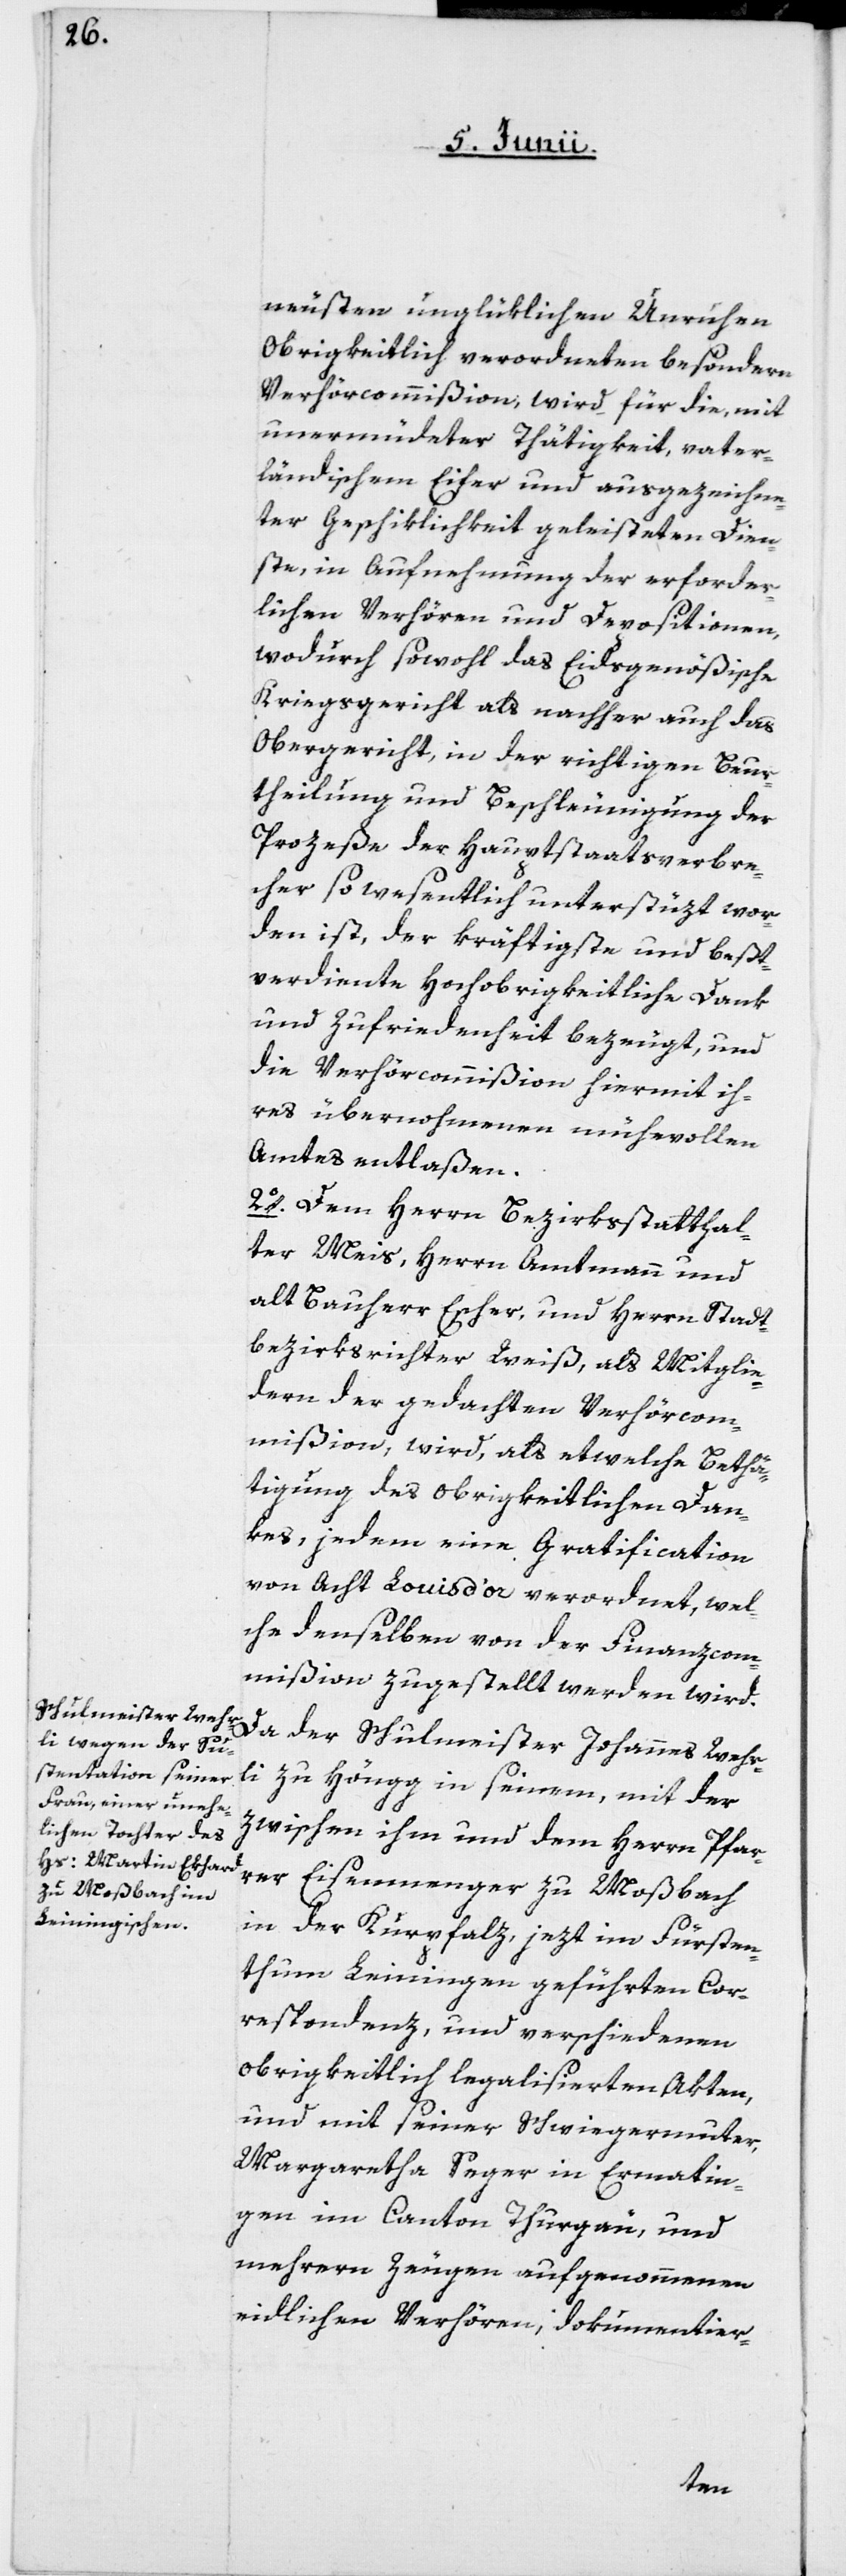
neusten unglüklichen Unruhen
Obrigkeitlich verordneten besondern
Verhörcommißion, wird für die, mit
unermüdeter Thätigkeit, vater¬
ländischem Eifer und ausgezeichne¬
ter Geschiklichkeit geleisteten Dien¬
ste, in Aufnehmung der erforder¬
lichen Verhören und Depositionen,
wodurch sowohl das Eidsgenößische
Kriegsgericht als nachher auch das
Obergericht, in der richtigen Beur¬
theilung und Beschleunigung der
Prozeße der Hauptstaatsverbre¬
cher so wesentlich unterstüzt wor¬
den ist, der kräftigste und beßt¬
verdiente Hochobrigkeitliche Dank
und Zufriedenheit bezeugt, und
die Verhörcommißion hiermit ih¬
res übernohmenen mühevollen
Amtes entlaßen.
2o. Dem Herrn Bezirksstatthal¬
ter Meis, Herrn Amtmann und
alt Bauherr Escher, und Herrn Stadt¬
bezirksrichter Weiß, als Mitglie¬
dern der gedachten Verhörcom¬
mißion, wird als etwelche Bethä¬
tigung des obrigkeitlichen Dan¬
kes, jedem eine Gratification
von Acht Louis d’or verordnet, wel¬
che denselben von der Finanzcom¬
mißion zugestellt werden wird.
Da der Schulmeister Johannes Wehr¬
li zu Höngg in seinem, mit der
zwischen ihm und dem Herrn Pfar¬
rer Eisenmenger zu Moßbach
in der Kurpfalz, jezt im Fürsten¬
thum Leiningen geführten Cor¬
respondenz, und verschiedenen
obrigkeitlich legalisierten Akten,
und mit seiner Schwiegermuter,
Margaretha Seger in Ermatin¬
gen im Canton Thurgau, und
mehrern Zeugen aufgenommenen
eidlichen Verhören, dokumentier-